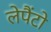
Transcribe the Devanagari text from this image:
लेपैंटो